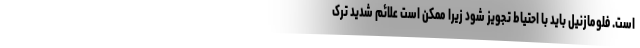
است. فلومازنیل باید با احتیاط تجویز شود زیرا ممکن است علائم شدید ترک